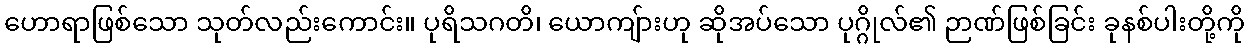
ဟောရာဖြစ်သော သုတ်လည်းကောင်း။ ပုရိသဂတိ၊ ယောကျ်ားဟု ဆိုအပ်သော ပုဂ္ဂိုလ်၏ ဉာဏ်ဖြစ်ခြင်း ခုနစ်ပါးတို့ကို